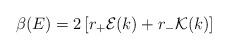
LaTeX: \begin{align*} \beta(E)=2\left[r_+ {\cal E}(k)+r_-{\cal K}(k) \right]\end{align*}